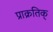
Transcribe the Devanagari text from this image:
प्राक्रतिक्